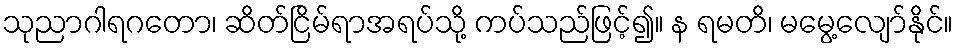
သုညာဂါရဂတော၊ ဆိတ်ငြိမ်ရာအရပ်သို့ ကပ်သည်ဖြင့်၍။ န ရမတိ၊ မမွေ့လျော်နိုင်။